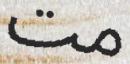
مت